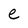
Character: e